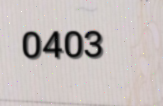
0403